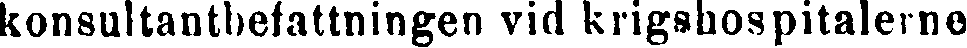
konsultantbefattningen vid krigshospitalerne